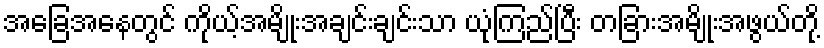
အခြေအနေတွင် ကိုယ့်အမျိုးအချင်းချင်းသာ ယုံကြည်ပြီး တခြားအမျိုးအဖွယ်တို့